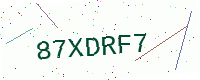
Text: 87XDRF7